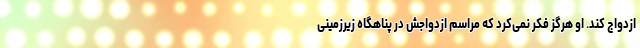
ازدواج کند. او هرگز فکر نمی‌کرد که مراسم ازدواجش در پناهگاه زیرزمینی